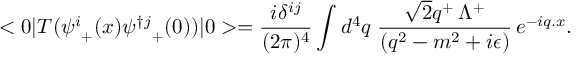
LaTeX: < 0 | T ( { \psi ^ { i } } _ { + } ( x ) { \psi ^ { \dag j } } _ { + } ( 0 ) ) | 0 > = { \frac { i \delta ^ { i j } } { ( 2 \pi ) ^ { 4 } } } \int d ^ { 4 } q \; { \frac { { \sqrt { 2 } } q ^ { + } \, \Lambda ^ { + } } { ( q ^ { 2 } - m ^ { 2 } + i \epsilon ) } } \, e ^ { - i q . x } . \nonumber